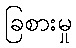
ခြစားမှု